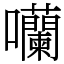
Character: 囒